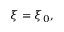
\xi = \xi _ { 0 } ,